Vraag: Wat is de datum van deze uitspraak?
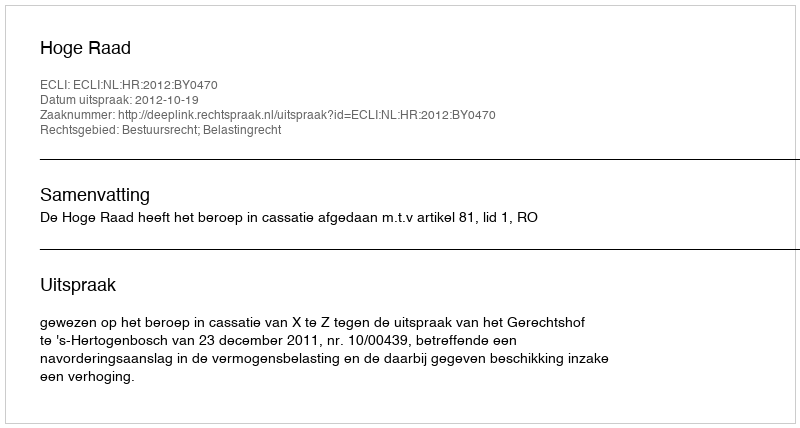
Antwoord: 2012-10-19